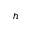
h